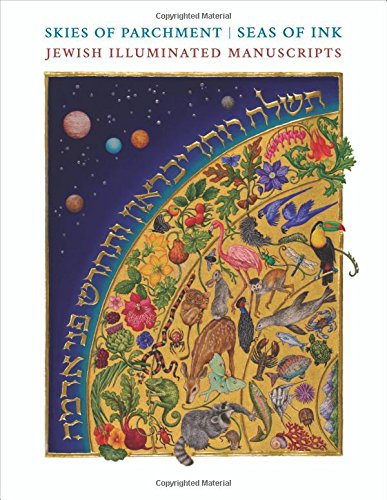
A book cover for Skies of Parchment, Seas of Ink: Jewish Illuminated Manuscripts; Literature & Fiction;